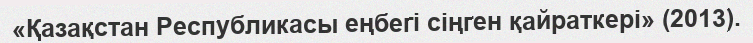
«Қазақстан Республикасы еңбегі сіңген қайраткері» (2013).